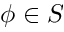
\phi \in S